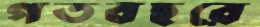
গতবছরে